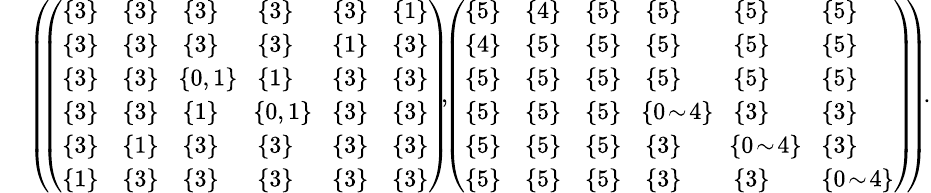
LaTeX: \begin{array}{rl}&{\small{\left(\! \! \left(\begin{array}{llllll}{\{ 3\} }&{\{ 3\} }&{\{ 3\} }&{\{ 3\} }&{\{ 3\} }&{\{ 1\} }\\ {\{ 3\} }&{\{ 3\} }&{\{ 3\} }&{\{ 3\} }&{\{ 1\} }&{\{ 3\} }\\ {\{ 3\} }&{\{ 3\} }&{\! \{ 0,1\} \! }&{\{ 1\} }&{\{ 3\} }&{\{ 3\} }\\ {\{ 3\} }&{\{ 3\} }&{\{ 1\} }&{\! \{ 0,1\} \! }&{\{ 3\} }&{\{ 3\} }\\ {\{ 3\} }&{\{ 1\} }&{\{ 3\} }&{\{ 3\} }&{\{ 3\} }&{\{ 3\} }\\ {\{ 1\} }&{\{ 3\} }&{\{ 3\} }&{\{ 3\} }&{\{ 3\} }&{\{ 3\} }\end{array}\right)\! \! ,\! \! \left(\begin{array}{llllll}{\{ 5\} }&{\{ 4\} }&{\{ 5\} }&{\{ 5\} }&{\{ 5\} }&{\{ 5\} }\\ {\{ 4\} }&{\{ 5\} }&{\{ 5\} }&{\{ 5\} }&{\{ 5\} }&{\{ 5\} }\\ {\{ 5\} }&{\{ 5\} }&{\{ 5\} }&{\{ 5\} }&{\{ 5\} }&{\{ 5\} }\\ {\{ 5\} }&{\{ 5\} }&{\{ 5\} }&{\! \{ 0\! \sim\! 4\} \! }&{\{ 3\} }&{\{ 3\} }\\ {\{ 5\} }&{\{ 5\} }&{\{ 5\} }&{\{ 3\} }&{\! \{ 0\! \sim\! 4\} \! }&{\{ 3\} }\\ {\{ 5\} }&{\{ 5\} }&{\{ 5\} }&{\{ 3\} }&{\{ 3\} }&{\{ 0\! \sim\! 4\} }\end{array}\right)\! \! \right)\! .}}\end{array}